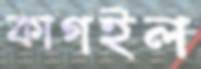
কাগইল